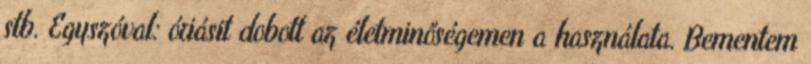
stb. Egyszóval: óriásit dobott az életminőségemen a használata. Bementem